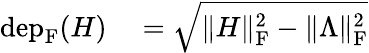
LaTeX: \begin{array}{rl}{\mathrm{dep}_{\mathrm{F}}(H)}&{{}=\sqrt{\| H\| _{\mathrm{F}}^{2}-\| \Lambda\| _{\mathrm{F}}^{2}}}\end{array}